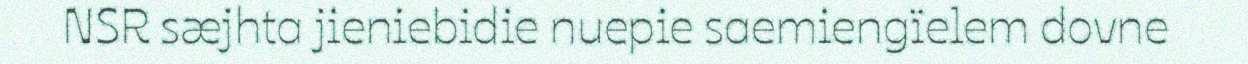
NSR sæjhta jieniebidie nuepie saemiengïelem dovne